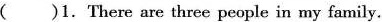
()1. There are three people in my family.